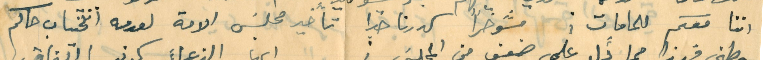
اننا معكم للمامات؛ موخراً كدرنا خيرا تأخير مجلسَ الامة لعدمه انتخاب حاكم